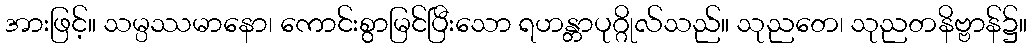
အားဖြင့်။ သမ္ပဿမာနော၊ ကောင်းစွာမြင်ပြီးသော ရဟန္တာပုဂ္ဂိုလ်သည်။ သုညတေ၊ သုညတနိဗ္ဗာန်၌။